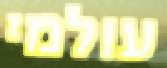
עולמי